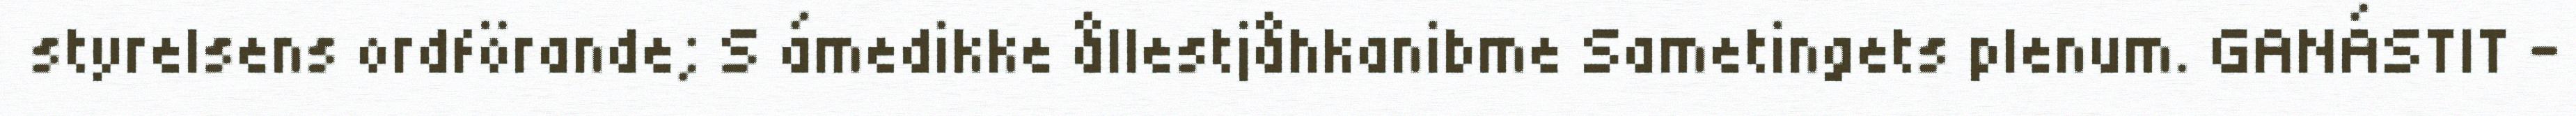
styrelsens ordförande; S ámedikke ållestjåhkanibme Sametingets plenum. GANÁSTIT -